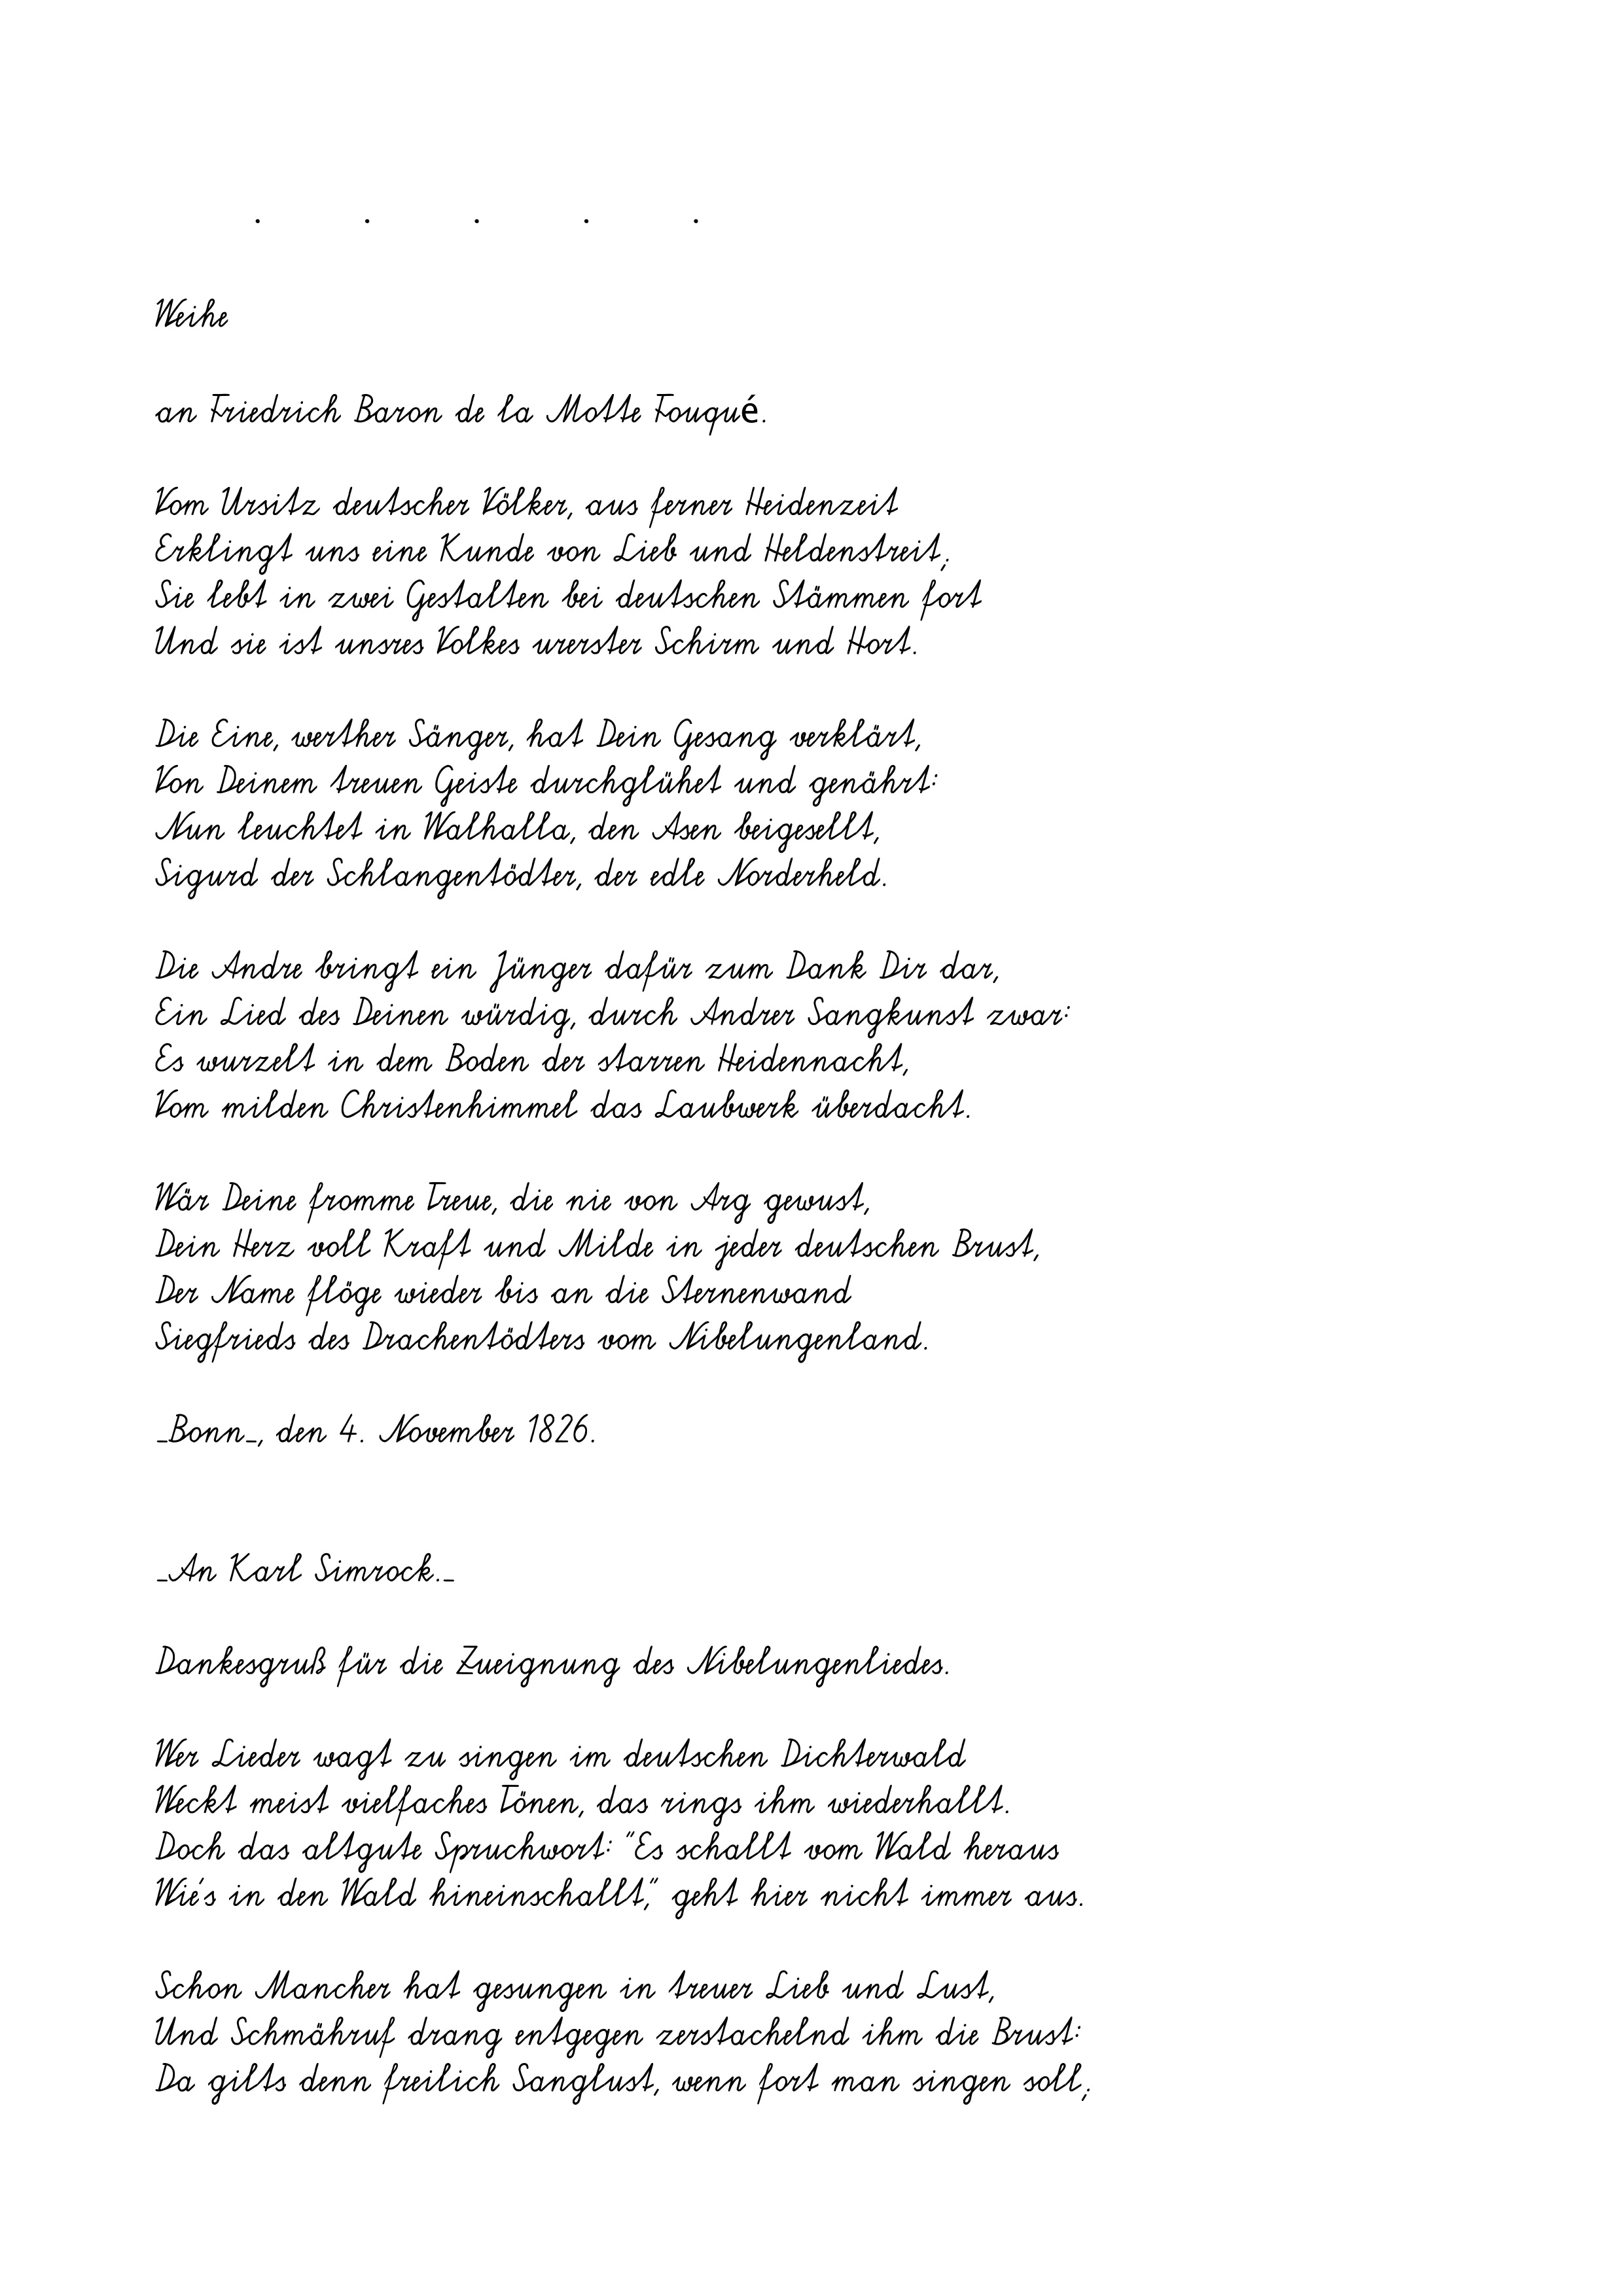
Weihe
an Friedrich Baron de la Motte Fouqué.
Vom Ursitz deutscher Völker, aus ferner Heidenzeit
Erklingt uns eine Kunde von Lieb und Heldenstreit;
Sie lebt in zwei Gestalten bei deutschen Stämmen fort
Und sie ist unsres Volkes urerster Schirm und Hort.
Die Eine, werther Sänger, hat Dein Gesang verklärt,
Von Deinem treuen Geiste durchglühet und genährt:
Nun leuchtet in Walhalla, den Asen beigesellt,
Sigurd der Schlangentödter, der edle Norderheld.
Die Andre bringt ein Jünger dafür zum Dank Dir dar,
Ein Lied des Deinen würdig, durch Andrer Sangkunst zwar:
Es wurzelt in dem Boden der starren Heidennacht,
Vom milden Christenhimmel das Laubwerk überdacht.
Wär Deine fromme Treue, die nie von Arg gewust,
Dein Herz voll Kraft und Milde in jeder deutschen Brust,
Der Name flöge wieder bis an die Sternenwand
Siegfrieds des Drachentödters vom Nibelungenland.
_Bonn_, den 4. November 1826.
_An Karl Simrock._
Dankesgruß für die Zueignung des Nibelungenliedes.
Wer Lieder wagt zu singen im deutschen Dichterwald
Weckt meist vielfaches Tönen, das rings ihm wiederhallt.
Doch das altgute Spruchwort: "Es schallt vom Wald heraus
Wie's in den Wald hineinschallt," geht hier nicht immer aus.
Schon Mancher hat gesungen in treuer Lieb und Lust,
Und Schmähruf drang entgegen zerstachelnd ihm die Brust:
Da gilts denn freilich Sanglust, wenn fort man singen soll;